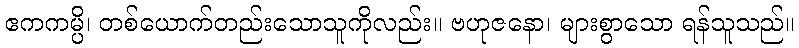
ဧကကမ္ပိ၊ တစ်ယောက်တည်းသောသူကိုလည်း။ ဗဟုဇနော၊ များစွာသော ရန်သူသည်။